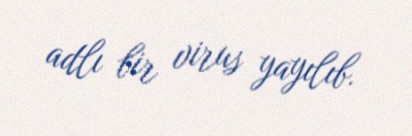
adlı bir virus yayılıb.